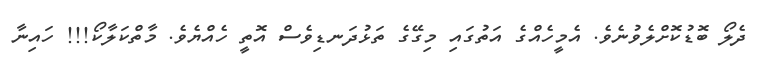
ދެލޯ ބޮޑުކޮށްލެވުނެވެ. އެމީހެއްގެ އަތުގައި މިގޭގެ ތަޅުދަނޑިވެސް އޮތީ ހެއްޔެވެ. މާތްކަލާކޯ!!! ހައިނާ